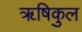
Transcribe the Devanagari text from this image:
ॠषिकुल